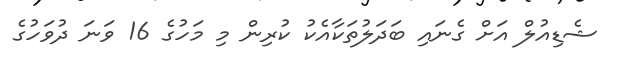
ޝެޑިއުލް އަށް ގެނައި ބަދަލުތަކާއެކު ކުރިން މި މަހުގެ 16 ވަނަ ދުވަހުގެ